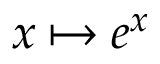
x \mapsto e ^ { x }